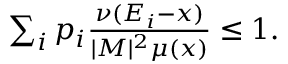
\begin{array} { r } { \sum _ { i } p _ { i } \frac { \nu ( E _ { i } - x ) } { | M | ^ { 2 } \mu ( x ) } \leq 1 . } \end{array}